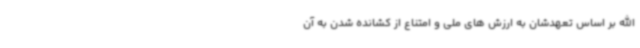
الله بر اساس تعهدشان به ارزش های ملی و امتناع از کشانده شدن به آن